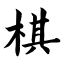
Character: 棋